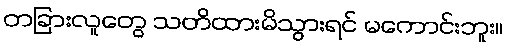
တခြားလူတွေ သတိထားမိသွားရင် မကောင်းဘူး။